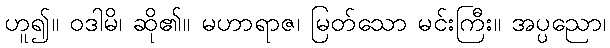
ဟူ၍။ ဝဒါမိ၊ ဆို၏။ မဟာရာဇ၊ မြတ်သော မင်းကြီး။ အပ္ပညော၊